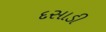
દસાડી